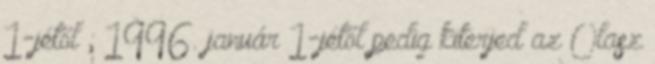
1-jétől ; 1996. január 1-jétől pedig kiterjed az Olasz